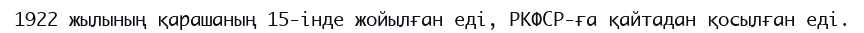
1922 жылының қарашаның 15-інде жойылған еді, РКФСР-ға қайтадан қосылған еді.